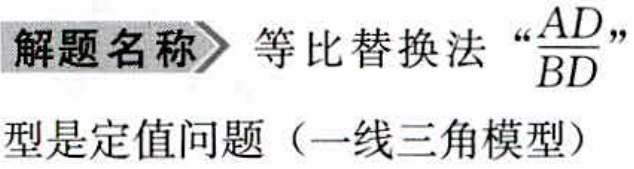
解题名称 等比替换法“$\frac{AD}{BD}$”

型是定值问题（一线三角模型）